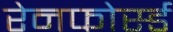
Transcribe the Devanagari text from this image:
रेनफोर्स्ड